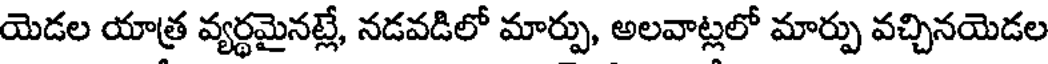
యెడల యాత్ర వ్యర్థమైనట్లే, నడవడిలో మార్పు, అలవాట్లలో మార్పు వచ్చినయెడల